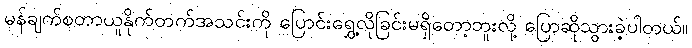
မန်ချက်စတာယူနိုက်တက်အသင်းကို ပြောင်းရွှေ့လိုခြင်းမရှိတော့ဘူးလို့ ပြောဆိုသွားခဲ့ပါတယ်။